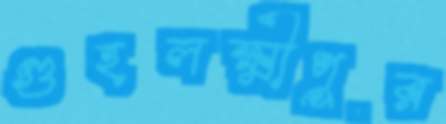
গুহলক্ষ্মীপুর